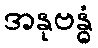
အနုဗန္ဓံ